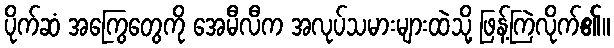
ပိုက်ဆံ အကြွေတွေကို အေမီလီက အလုပ်သမားများထဲသို့ ဖြန့်ကြဲလိုက်၏။